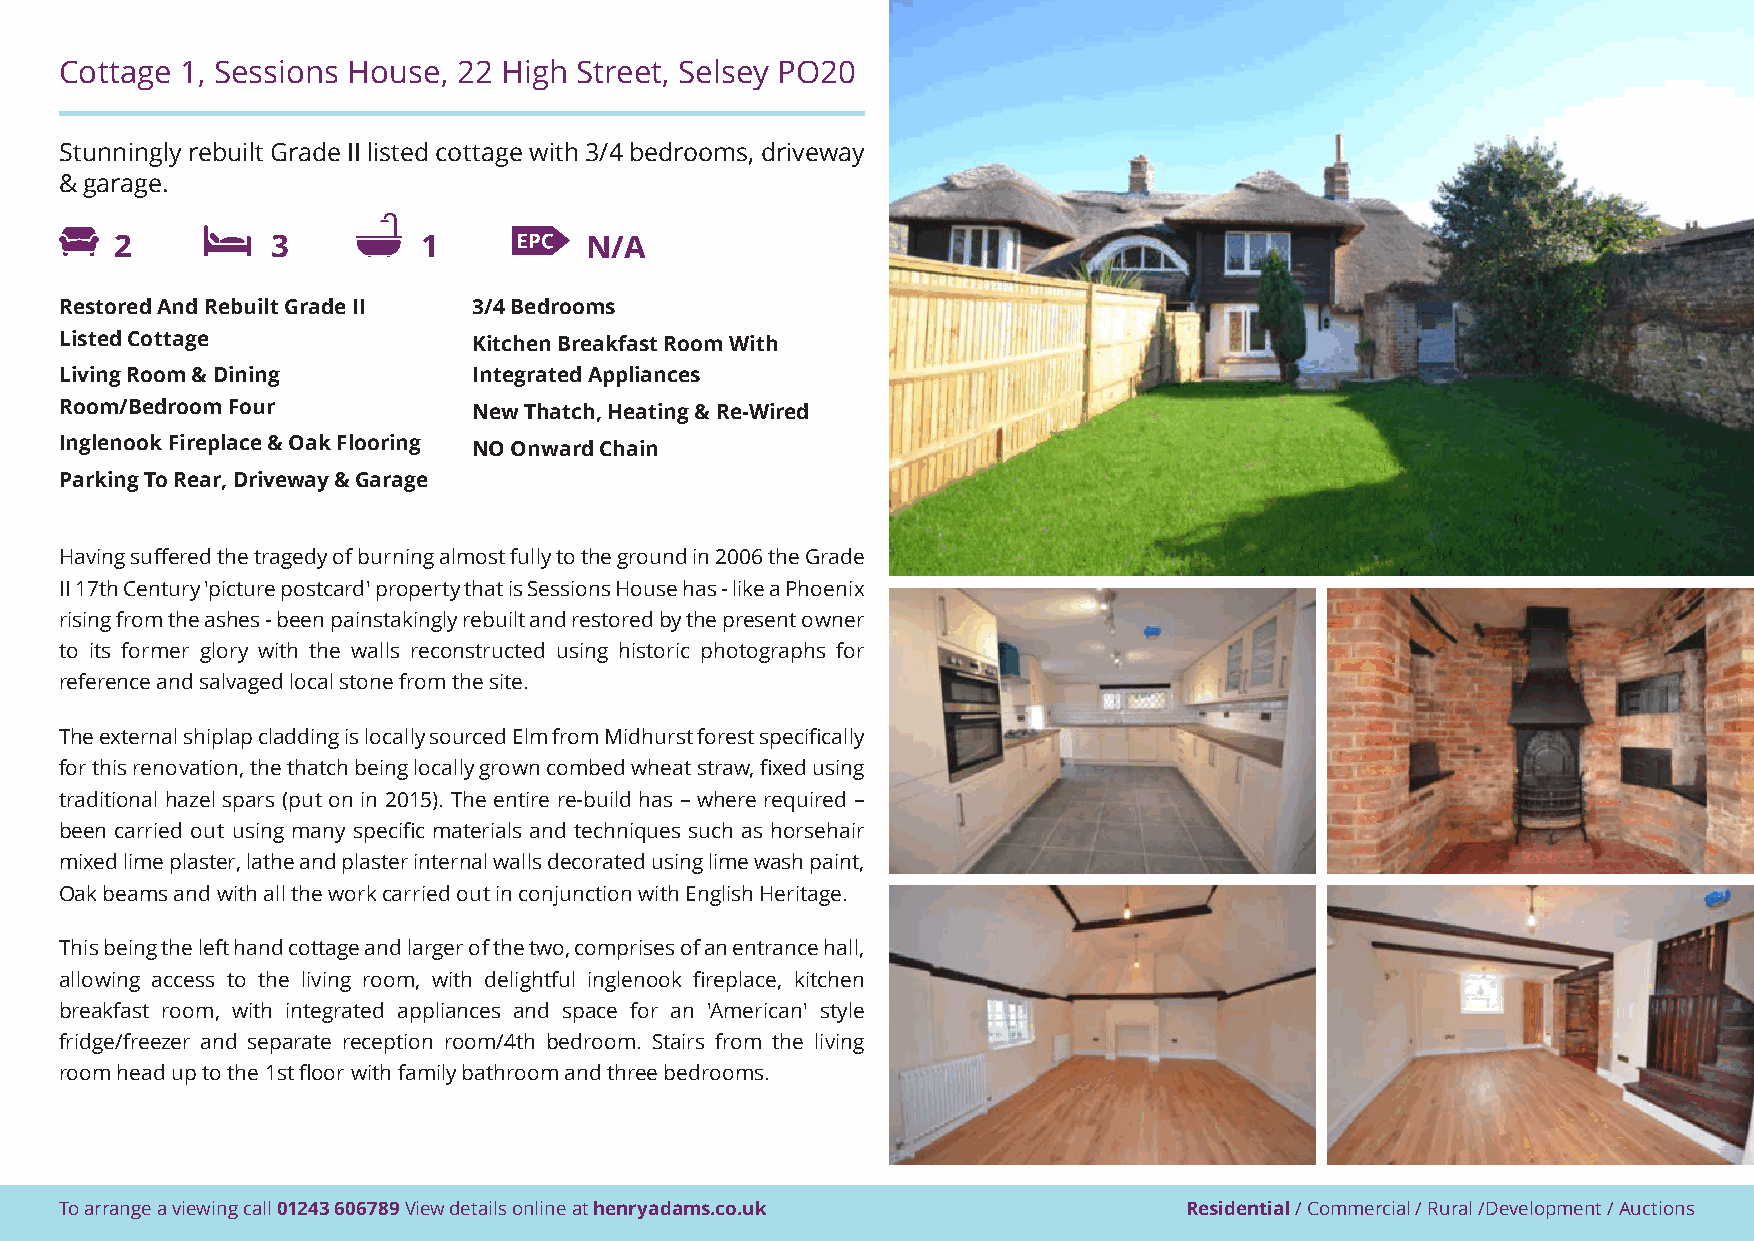
Cottage 1, Sessions House, 22 High Street, Selsey PO20
 Stunningly rebuilt Grade II listed cottage with 3/4 bedrooms, driveway
 & garage.
 2         3         1          N/A
 Restored And Rebuilt Grade II 3/4 Bedrooms
 Listed Cottage             Kitchen Breakfast Room With
 Living Room & Dining       Integrated Appliances
 Room/Bedroom Four          New Thatch, Heating & Re-Wired
 Inglenook Fireplace & Oak Flooring NO Onward Chain
 Parking To Rear, Driveway & Garage
 Having suffered the tragedy of burning almost fully to the ground in 2006 the Grade
 II 17th Century 'picture postcard' property that is Sessions House has - like a Phoenix
 rising from the ashes - been painstakingly rebuilt and restored by the present owner
 to its former glory with the walls reconstructed using historic photographs for
 reference and salvaged local stone from the site.
 The external shiplap cladding is locally sourced Elm from Midhurst forest specifically
 for this renovation, the thatch being locally grown combed wheat straw, fixed using
 traditional hazel spars (put on in 2015). The entire re-build has – where required –
 been carried out using many specific materials and techniques such as horsehair
 mixed lime plaster, lathe and plaster internal walls decorated using lime wash paint,
 Oak beams and with all the work carried out in conjunction with English Heritage.
 This being the left hand cottage and larger of the two, comprises of an entrance hall,
 allowing access to the living room, with delightful inglenook fireplace, kitchen
 breakfast room, with integrated appliances and space for an 'American' style
 fridge/freezer and separate reception room/4th bedroom. Stairs from the living
 room head up to the 1st floor with family bathroom and three bedrooms.
 To arrange a viewing call 01243 606789 View details online at henryadams.co.uk Residential / Commercial / Rural /Development / Auctions